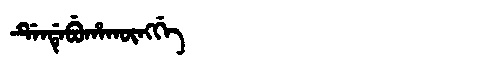
Manchu: ᡩᡝᠨᡩᡝᠪᡠᡥᠠᡴᡡᠩᡤᡝ
Romanization: DENDEBUHAKŪNGGE